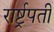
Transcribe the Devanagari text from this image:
रार्ष्ट्रपती